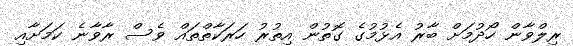
ރިލްވާން ހޯދުމަށް ބާރު އެޅުމުގެ ގޮތުން އިތުރު ހަރަކާތްތައް ވެސް ރާވާނެ ކަމަށާއި